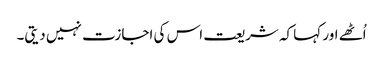
اُٹھے اور کہا کہ شریعت اس کی اجازت نہیں دیتی۔